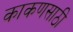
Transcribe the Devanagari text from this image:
काकणसाठी